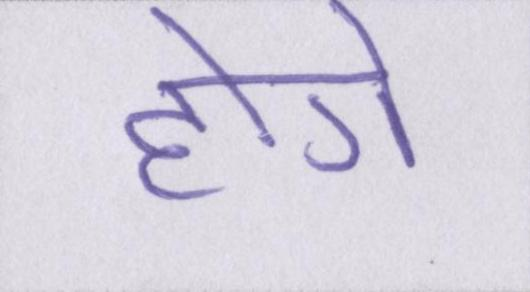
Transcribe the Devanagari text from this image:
होगे